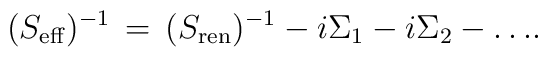
(S_{\rm eff})^{-1} \,=\, (S_{\rm ren})^{-1} - i\Sigma_1 - i\Sigma_2   - \dots\!.